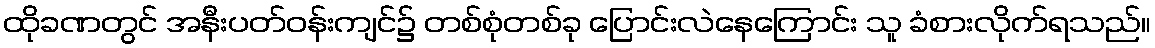
ထိုခဏတွင် အနီးပတ်ဝန်းကျင်၌ တစ်စုံတစ်ခု ပြောင်းလဲနေကြောင်း သူ ခံစားလိုက်ရသည်။